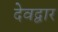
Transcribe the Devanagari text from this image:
देवद्वार